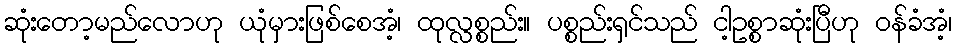
ဆုံးတော့မည်လောဟု ယုံမှားဖြစ်စေအံ့၊ ထုလ္လစ္စည်း။ ပစ္စည်းရှင်သည် ငါ့ဥစ္စာဆုံးပြီဟု ဝန်ခံအံ့၊